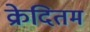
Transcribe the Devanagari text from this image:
क्रेदितम